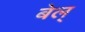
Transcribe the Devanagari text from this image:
बेल्